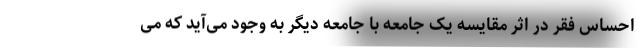
احساس فقر در اثر مقایسه یک جامعه با جامعه دیگر به وجود می‌آید که می